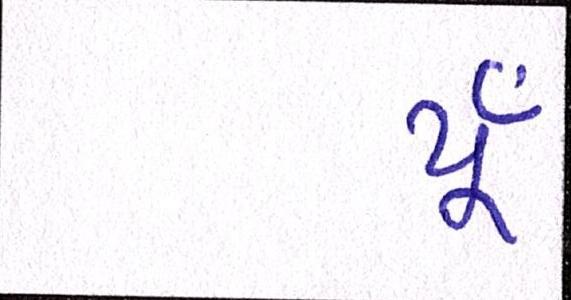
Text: યૂઁ